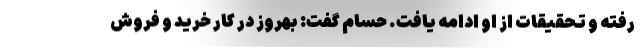
رفته و تحقیقات از او ادامه یافت. حسام گفت: بهروز در کار خرید و فروش